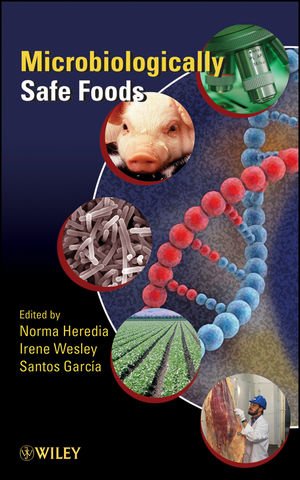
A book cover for Microbiologically Safe Foods; Jose Santos Garcia; Health, Fitness & Dieting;